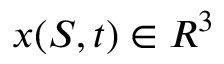
x ( S , t ) \in { R } ^ { 3 }